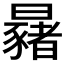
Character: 𣌂